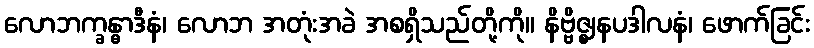
လောဘက္ခန္ဓာဒီနံ၊ လောဘ အတုံးအခဲ အစရှိသည်တို့ကို။ နိဗ္ဗိဇ္ဈနပဒါလနံ၊ ဖောက်ခြင်း